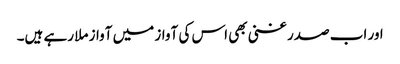
اور اب صدر غنی بھی اس کی آواز میں آواز ملا رہے ہیں۔